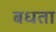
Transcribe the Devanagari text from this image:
बधता